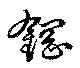
鋼